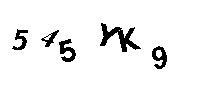
545YK9